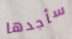
سأجدها